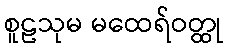
စူဠသုမ မထေရ်ဝတ္ထု